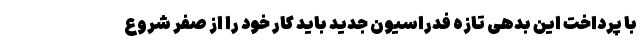
با پرداخت این بدهی تازه فدراسیون جدید باید کار خود را از صفر شروع